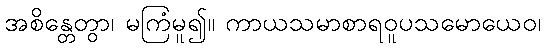
အစိန္တေတွာ၊ မကြံမူ၍။ ကာယသမာစာရဝူပသမောယေဝ၊